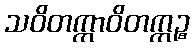
သဝိတက္ကာဝိတက္ကဉ္စ